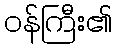
ဝန်ကြီး၏